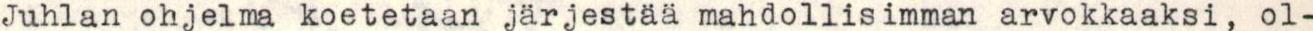
Juhlan ohjelma koetetaan järjestää mahdollisimman arvokkaaksi, ol-